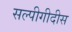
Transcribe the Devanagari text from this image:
सल्पीगीदीस